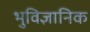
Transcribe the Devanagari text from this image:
भुविज्ञानिक